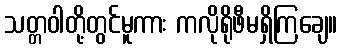
သတ္တဝါတို့တွင်မူကား ကလိုရိုဖီမရှိကြချေ။